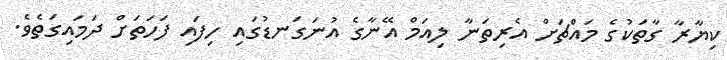
ކިޔާރާ ގާތަކުގެ މައްޗަށް އެރިތަނާ ލިއަމް އޭނާގެ އުނަގަނޑުގައި ހިފައި ފަހަތަށް ދަމައިގަތެވެ.